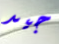
جيد